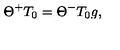
\Theta ^ { + } T _ { 0 } = \Theta ^ { - } T _ { 0 } g ,